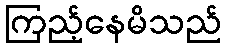
ကြည့်နေမိသည်